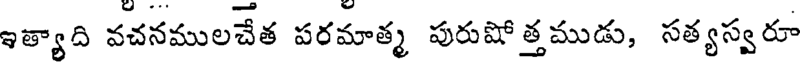
ఇత్యాది వచనములచేత పరమాత్మ పురుషోత్తముడు, సత్యస్వరూ